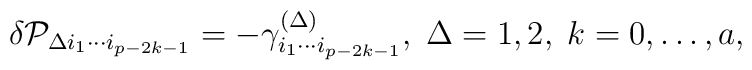
\delta {\cal P}_{\Delta i_1\cdots i_{p-2k-1}}=-\gamma_{i_1\cdots i_{p-2k-1}}^{(\Delta )},\;\Delta =1,2,\;k=0,\ldots ,a,